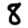
Digit: 8